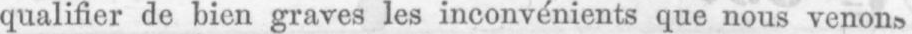
qualifier de bien graves les inconvénients que nous venons